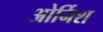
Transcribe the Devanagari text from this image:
ओर्निश